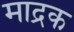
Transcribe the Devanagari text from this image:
माद्रक